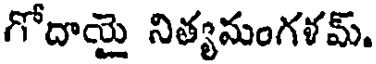
గోదాయై నిత్యమంగళమ్.